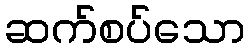
ဆက်စပ်သော